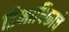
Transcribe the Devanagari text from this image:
द्विभाषिकाचे